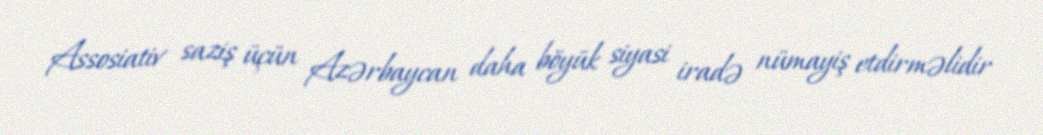
Assosiativ saziş üçün Azərbaycan daha böyük siyasi iradə nümayiş etdirməlidir